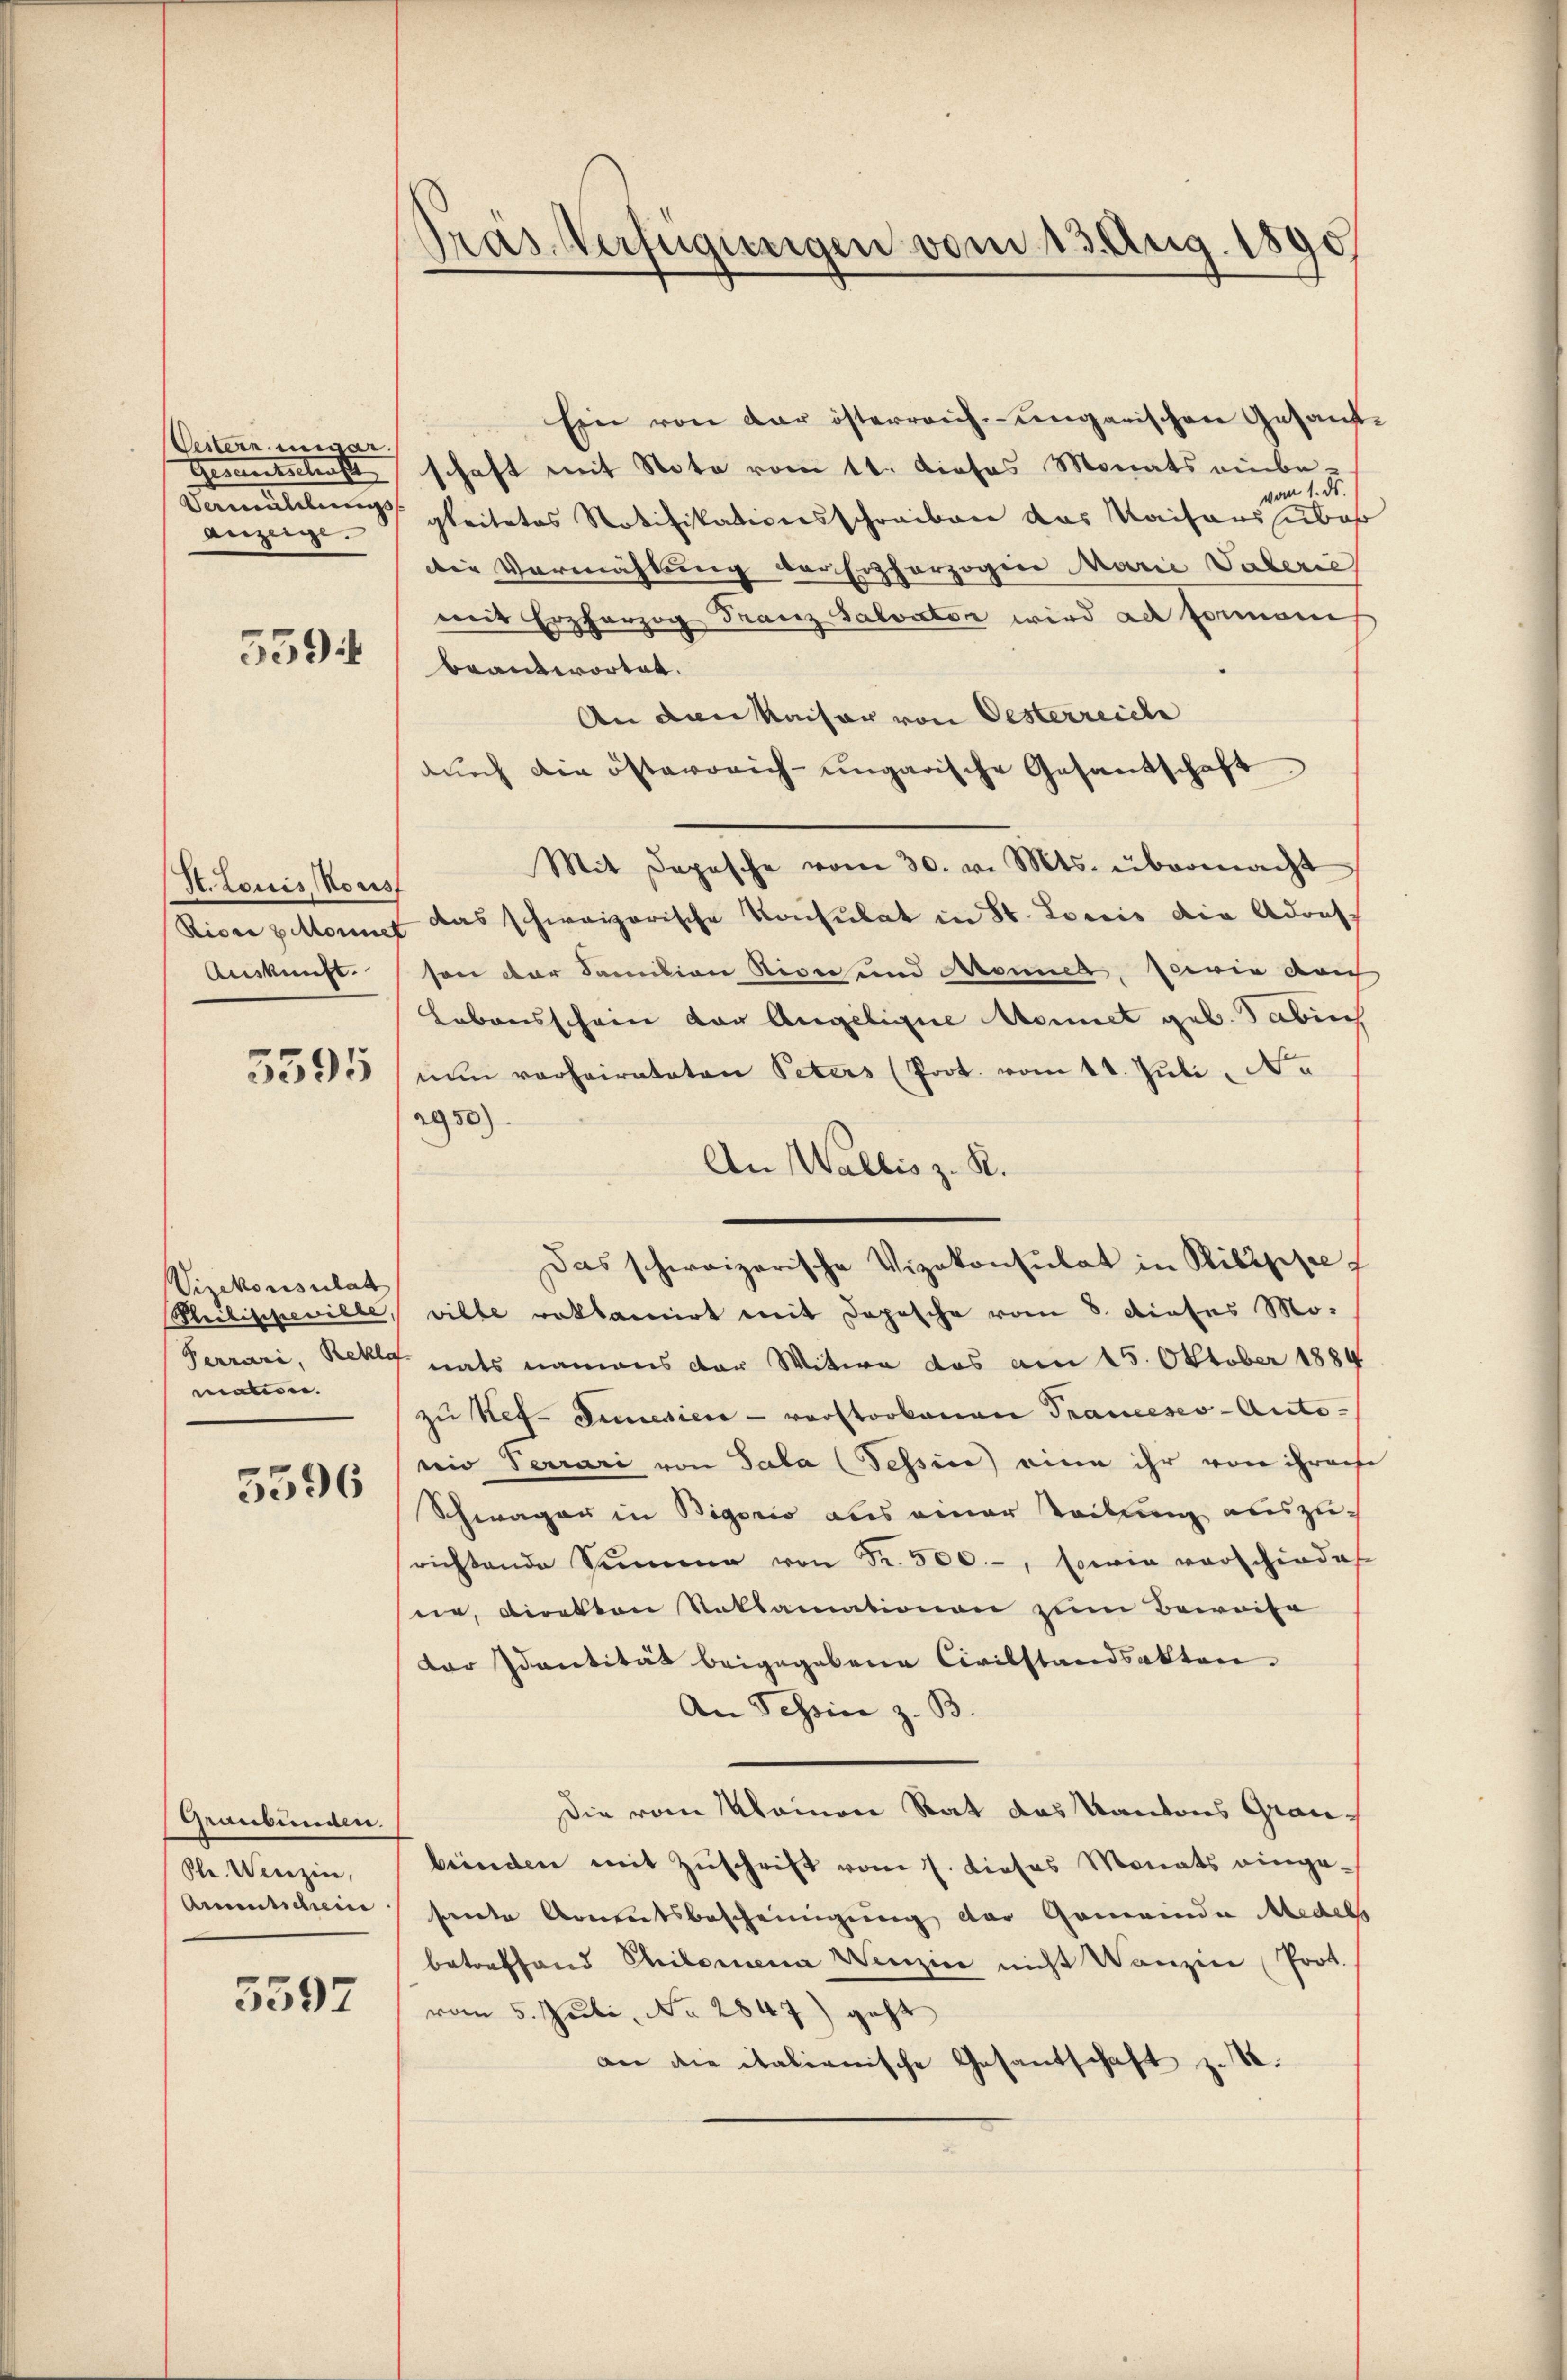
Vestern neigar
Geomentschaften
Vermutetungs
Anzeige.

5594

H. Louis Nous
Auskunft.

3595

Vizekonsulat
Heilischewille,
maten.

5596

Graubünden.
Ple. Wenzin,
Arementscheine

5597

Präs. Verfügungen vom 13. Aug. 1890

Ein von der österreich-ungarischen Gesandschaft mit Note vom 11. Dieses Monats einbe-
vom 1. ds.
gleitetes Notifikationsschreiben das Kaisers über
die Vermählung der Erzherzogin Marie Vaterie
mit Erzherzog Franz Salvator wird ach formani
beantwortet.
An den Kaiser von Oesterreiche
durch die österreich-ungarische Gesandschaft
Mit Depesche vom 30. v. Mts. übermacht
Ricae gelten das schweizerische Konsulat in St. Loris die Adors-
son der Familian Lion und Monnel, servie dan
Lebensschein der Angelige Momet geb. Sabich
nŭn verheirateten Peters (Prot. vom 11. Jŭli Ne
2950)
An Wallis z. R.
Das schweizerische Vizekonsulat in Pilippe
ville reklamirt mit Depesche vom 8. dieses Mo-
Ferrari, Rekla nats namens der Witwe das am 15. Oktober 1884
zu Ref. Diesien - vorstorkoman Tranceses - Auto-
wir Terrari von Sala (Tessin eine ihr von ihrenfe
Schwager in Bigoris aus einer Teilung auszurichtende Summe von Fr. 500.-, sowie vorschiede
ne, Direktor Reklamationen zum Beweise
der Identität beigegebene Civilstandsakten.
An Schin z. B.
Die vom Maimon Rat das Kantons Graubeinden mit Zuschrift vom 1. Dieses Monats eingesente Armutsbescheinigung der Gemeinde Medels
betreffend Chilomena Wenzin nicht Wanzin (Prot.
vom 5. Juli, No 2847) geht
an die italienische Gesantschaft z. S.